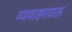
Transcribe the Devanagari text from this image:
व्यवाहरयक्त